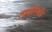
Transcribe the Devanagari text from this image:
लड़ाईस्थिति